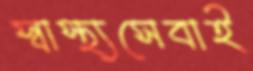
স্বাস্থ্যসেবাই